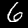
Label: 6